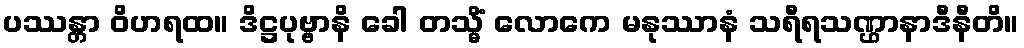
ပဿန္တာ ဝိဟရထ။ ဒိဋ္ဌပုဗ္ဗာနိ ခေါ တသ္မိံ လောကေ မနုဿာနံ သရီရသဏ္ဌာနာဒီနီတိ။